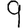
Digit: 9